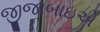
જીજાબાઇએ